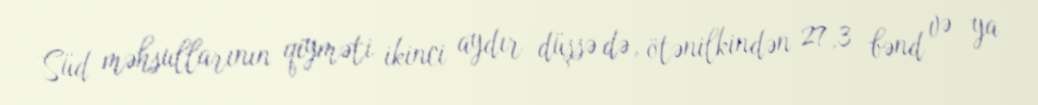
Süd məhsullarının qiyməti ikinci aydır düşsə də, ötənilkindən 27,3 bənd və ya